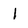
Character: 1